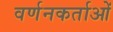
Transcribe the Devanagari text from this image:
वर्णनकर्ताओं